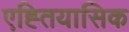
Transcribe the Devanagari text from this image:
एह्तियासिक